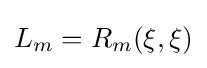
L_{m}=R_{m}(\xi ,\xi )